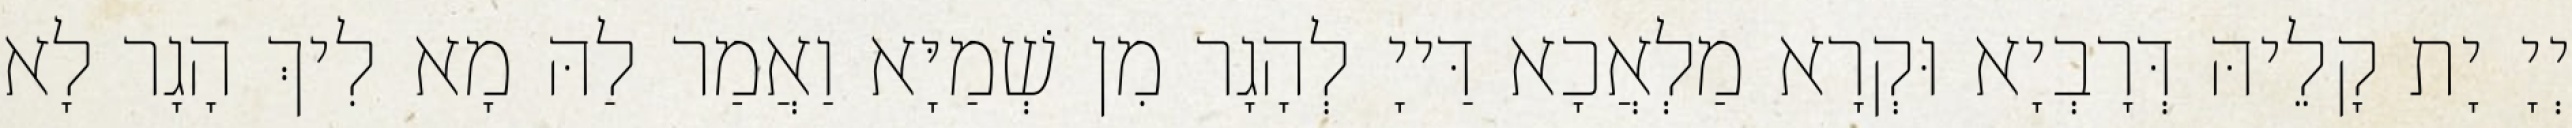
יְיָ יָת קָלֵיהּ דְּרָבְיָא וּקְרָא מַלְאֲכָא דַּייָ לְהָגָר מִן שְׁמַיָּא וַאֲמַר לַהּ מָא לִיךְ הָגָר לָא